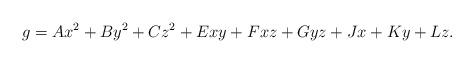
LaTeX: \begin{align*}g=Ax^{2}+By^{2}+Cz^{2}+Exy+Fxz+Gyz+Jx+Ky+Lz.\end{align*}